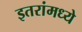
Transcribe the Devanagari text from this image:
इतरांमध्ये